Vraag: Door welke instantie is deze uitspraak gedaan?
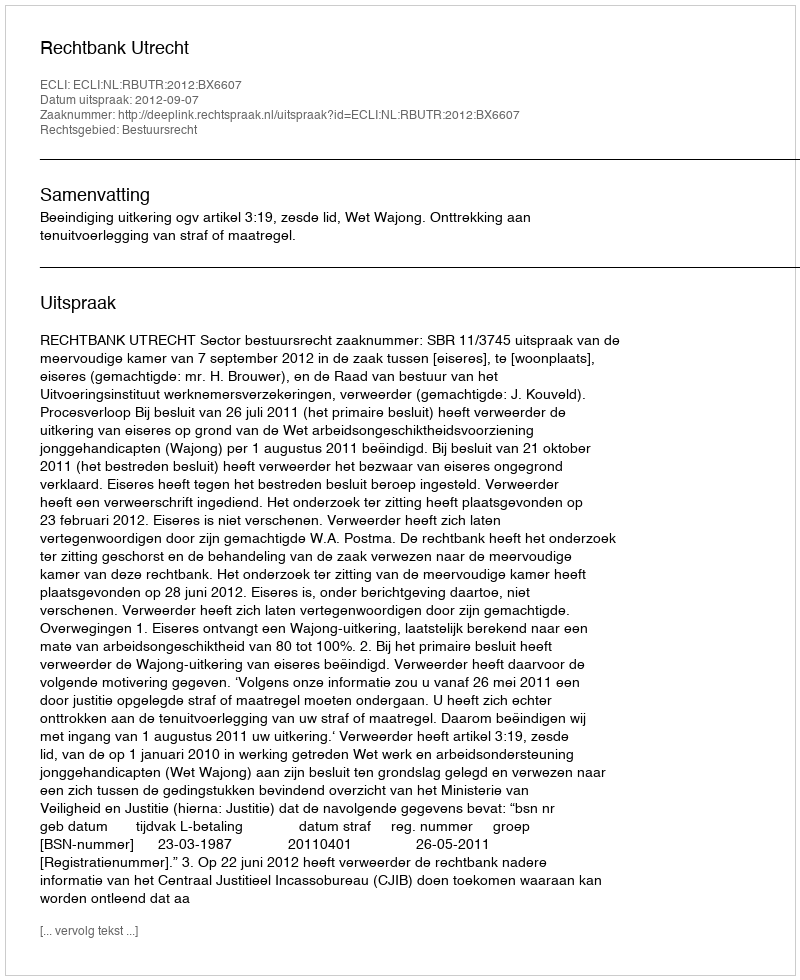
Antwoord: Rechtbank Utrecht